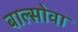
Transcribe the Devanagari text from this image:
बाल्सोवा